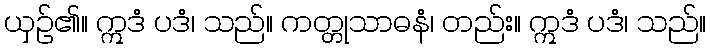
ယှဉ်၏။ ဣဒံ ပဒံ၊ သည်။ ကတ္တုသာဓနံ၊ တည်း။ ဣဒံ ပဒံ၊ သည်။